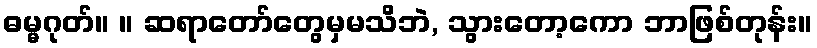
ဓမ္မဂုတ်။ ။ ဆရာတော်တွေမှမသိဘဲ, သွားတော့ကော ဘာဖြစ်တုန်း။